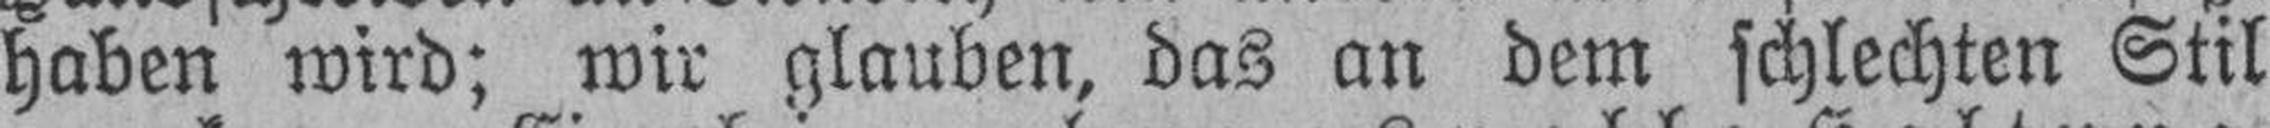
haben wird; wir glauben, das an dem schlechten Stil